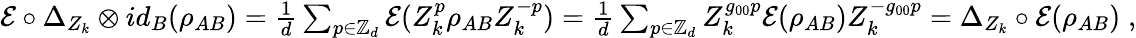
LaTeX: \begin{array}{r}{\mathcal{E}\circ\Delta_{Z_{k}}\otimes id_{B}(\rho_{AB})=\frac 1d\sum_{p\in\mathbb{Z}_{d}}\mathcal{E}(Z_{k}^{p}\rho_{AB}Z_{k}^{-p})=\frac 1d\sum_{p\in\mathbb{Z}_{d}}Z_{k}^{g_{00}p}\mathcal{E}(\rho_{AB})Z_{k}^{-g_{00}p}=\Delta_{Z_{k}}\circ\mathcal E(\rho_{AB})\; ,}\end{array}